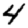
Digit: 4